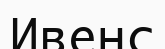
Ивенс